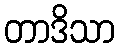
တာဒိသာ